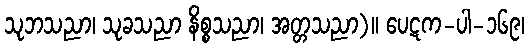
သုဘသညာ၊ သုခသညာ နိစ္စသညာ၊ အတ္တသညာ)။ ပေဋက-ပါ-၁၆၉၊